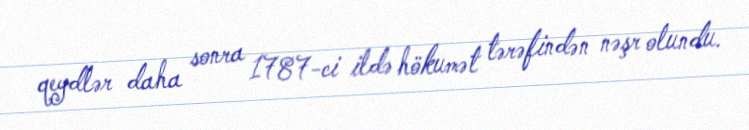
qeydlər daha sonra 1787-ci ildə hökumət tərəfindən nəşr olundu.